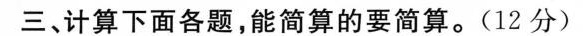
三、计算下面各题，能简算的要简算。(12分)